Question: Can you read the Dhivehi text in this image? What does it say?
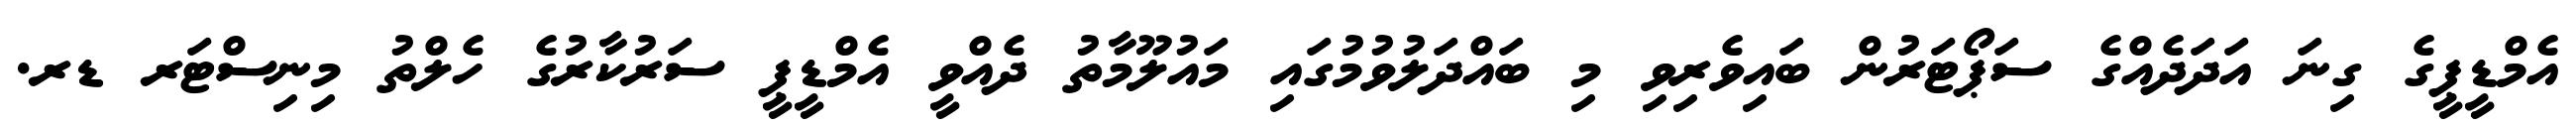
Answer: އެމްޑީޕީގެ ގިނަ އަދަދެއްގެ ސަޕޯޓަރުން ބައިވެރިވި މި ބައްދަލުވުމުގައި މައުލޫމާތު ދެއްވީ އެމްޑީޕީ ސަރުކާރުގެ ހެލްތު މިނިސްޓަރ ޑރ.